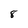
Character: 8